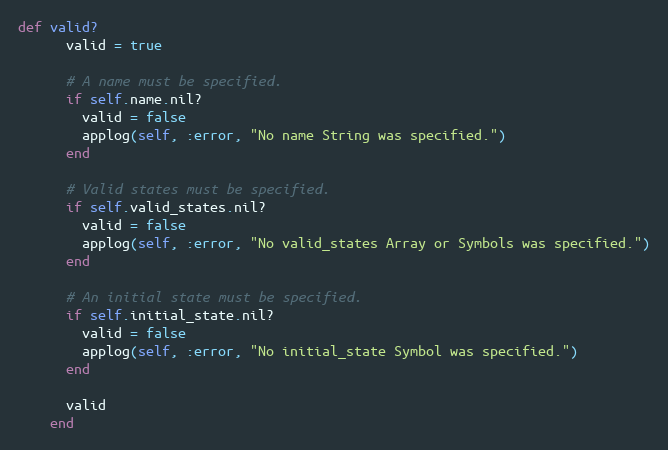
Language: Ruby
def valid?
      valid = true

      # A name must be specified.
      if self.name.nil?
        valid = false
        applog(self, :error, "No name String was specified.")
      end

      # Valid states must be specified.
      if self.valid_states.nil?
        valid = false
        applog(self, :error, "No valid_states Array or Symbols was specified.")
      end

      # An initial state must be specified.
      if self.initial_state.nil?
        valid = false
        applog(self, :error, "No initial_state Symbol was specified.")
      end

      valid
    end